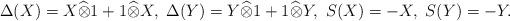
LaTeX: \begin{align*}\Delta(X)=X\widehat\otimes 1+1\widehat\otimes X,\ \Delta(Y)=Y\widehat\otimes 1+1\widehat\otimes Y,\ S(X)=-X,\ S(Y)=-Y.\end{align*}